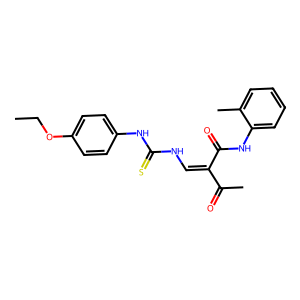
SMILES: CCOc1ccc(NC(=S)NC=C(C(C)=O)C(=O)Nc2ccccc2C)cc1
Inhibits HIV replication: No